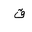
Letter: _qaf